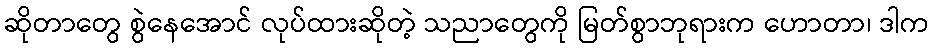
ဆိုတာတွေ စွဲနေအောင် လုပ်ထားဆိုတဲ့ သညာတွေကို မြတ်စွာဘုရားက ဟောတာ၊ ဒါက